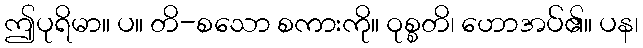
ဤပုရိမာ။ ပ။ တိ-စသော စကားကို။ ဝုစ္စတိ၊ ဟောအပ်၏။ ပန၊